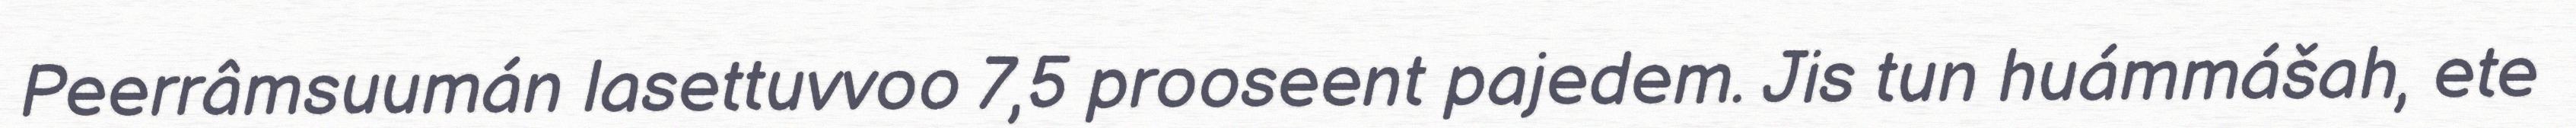
Peerrâmsuumán lasettuvvoo 7,5 prooseent pajedem. Jis tun huámmášah, ete